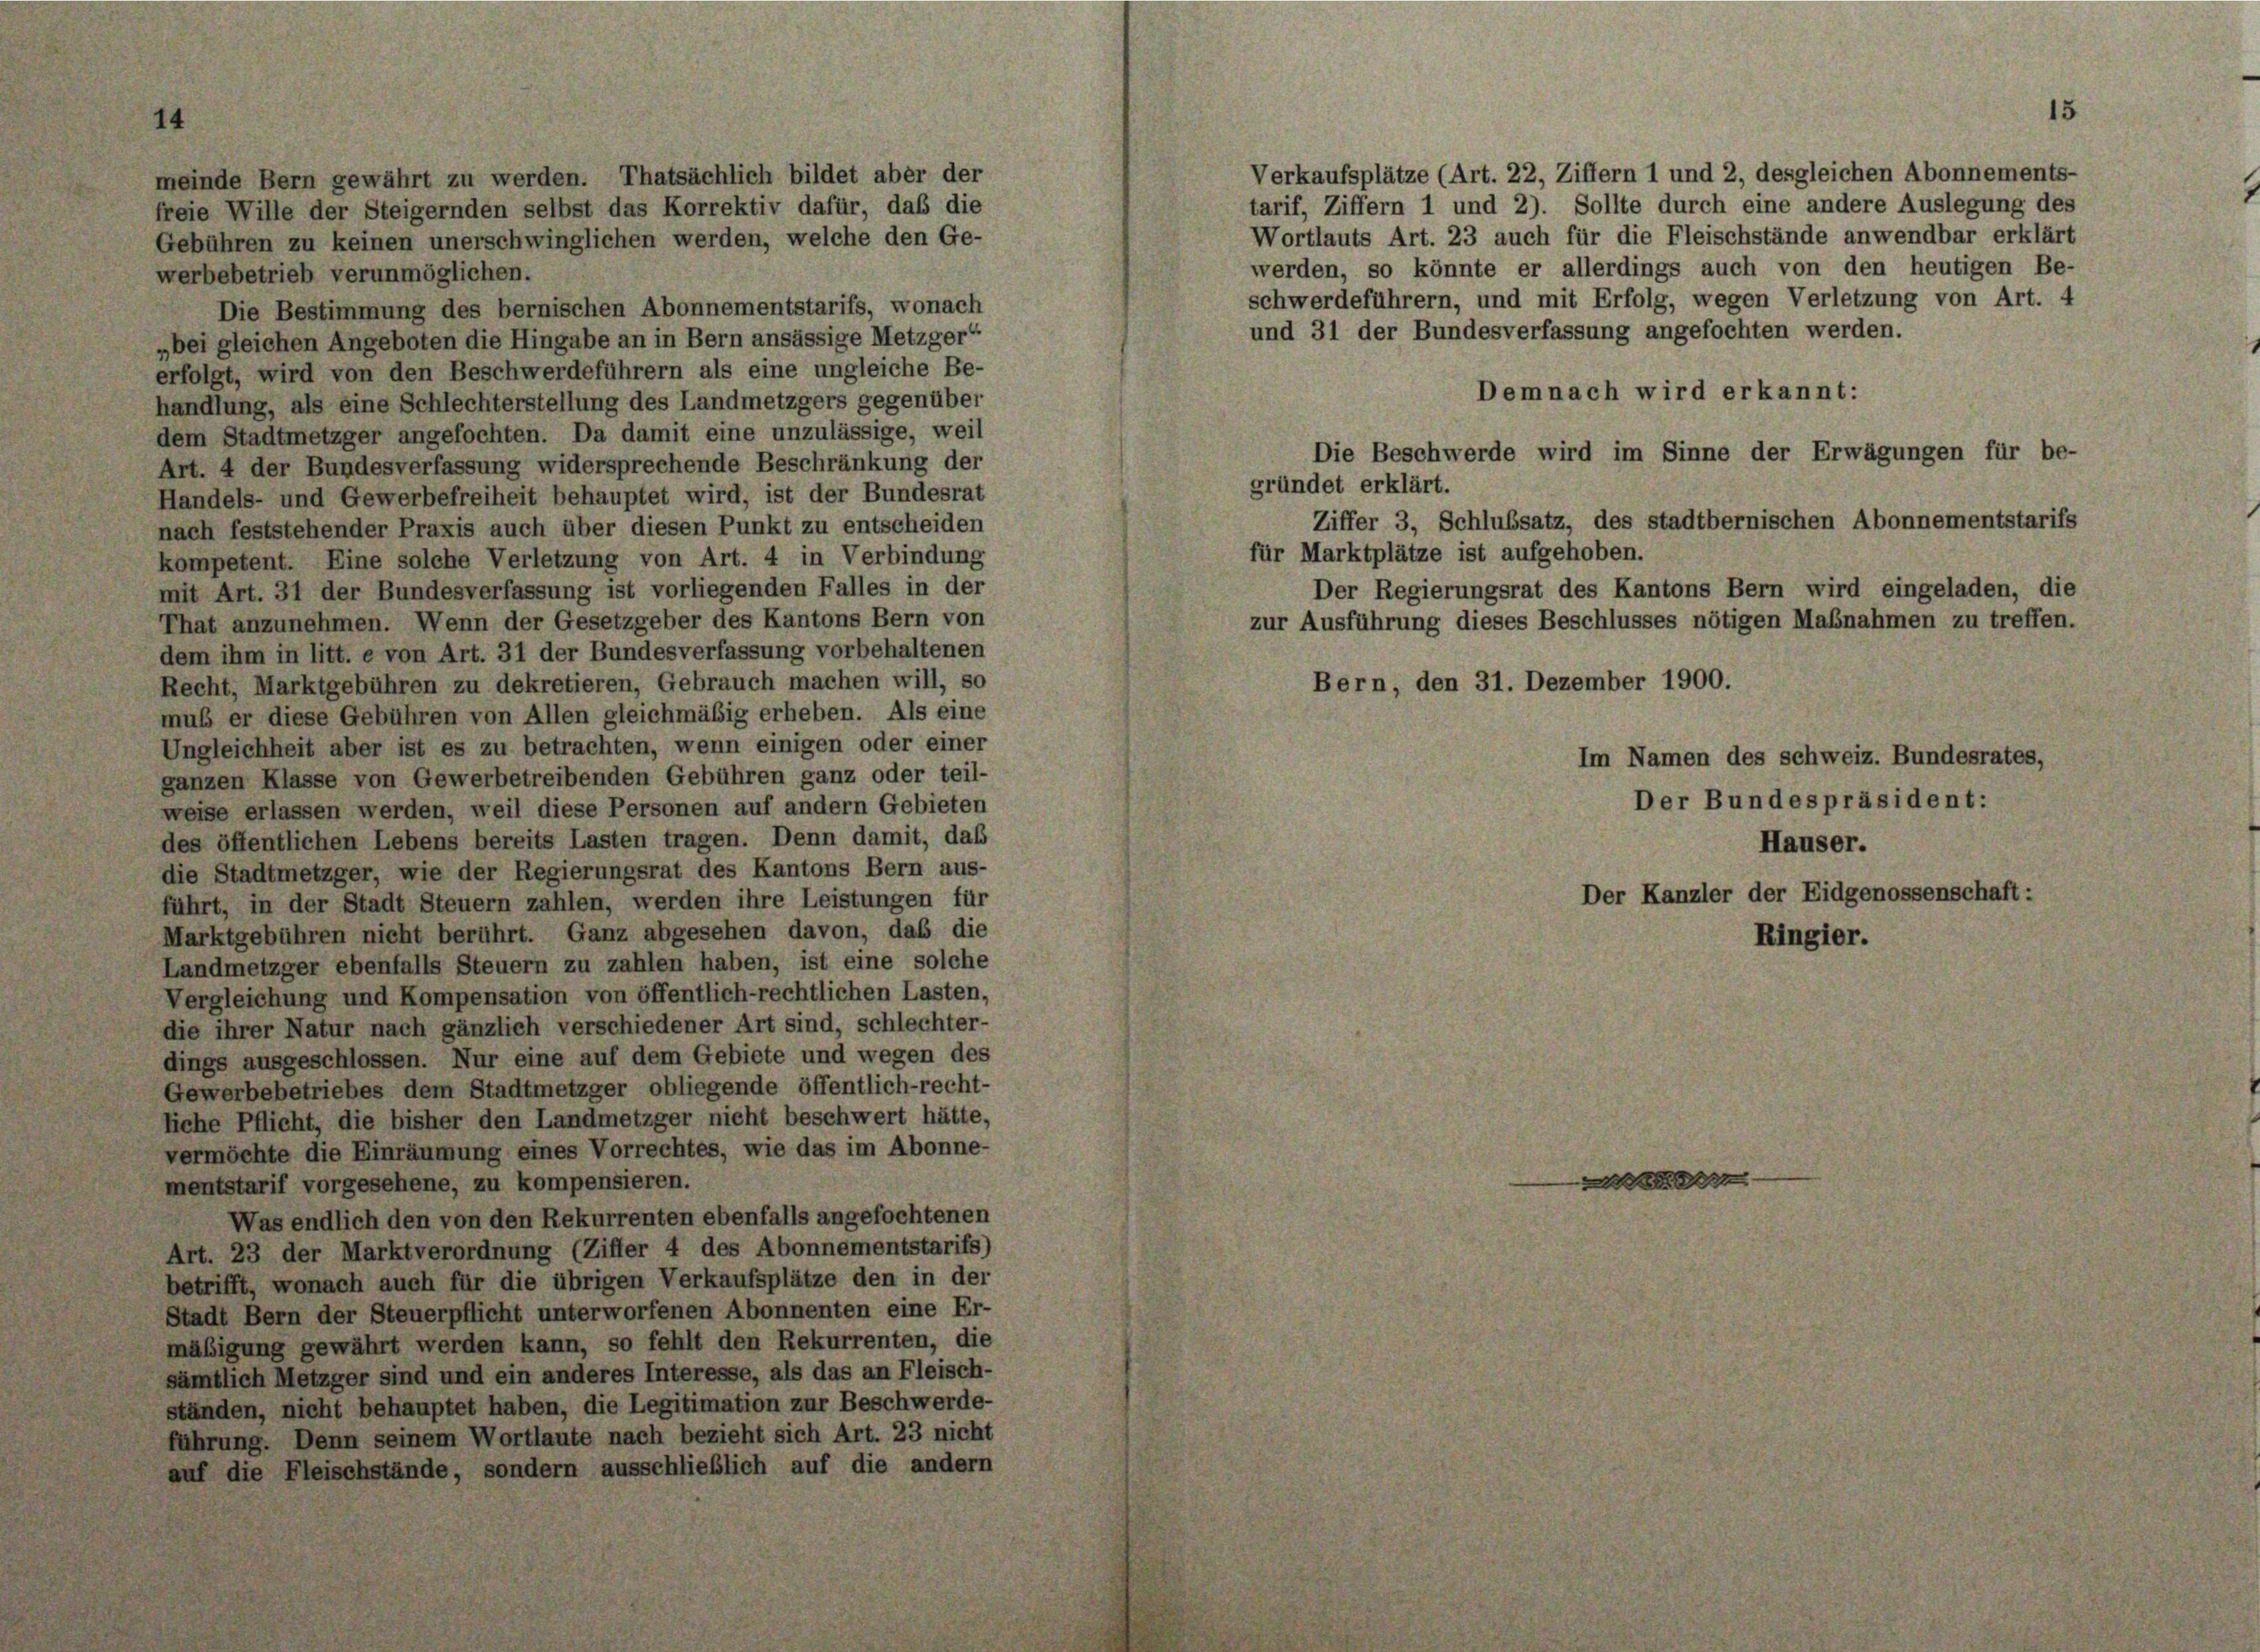
Verkaufsplätze (Art. 22, Ziffern 1 und 2, desgleichen Abonnements-
meinde Bern gewährt zu werden. Thatsächlich bildet aber der
tarif, Ziffern 1 und 2). Sollte durch eine andere Auslegung des
freie Wille der Steigernden selbst das Korrektiv dafür, daß die
Wortlauts Art. 23 auch für die Fleischstände anwendbar erklärt
Gebühren zu keinen unerschwinglichen werden, welche den Ge-
werden, so könnte er allerdings auch von den heutigen Be-
werbebetrieb verunmöglichen.
schwerdeführern, und mit Erfolg, wegen Verletzung von Art. 4
Die Bestimmung des bernischen Abonnementstarifs, wonach
und 31 der Bundesverfassung angefochten werden.
„bei gleichen Angeboten die Hingabe an in Bern ansässige Metzger“
erfolgt, wird von den Beschwerdeführern als eine ungleiche Be-
Demnach wird erkannt:
handlung, als eine Schlechterstellung des Landmetzgers gegenüber
dem Stadtmetzger angefochten. Da damit eine unzulässige, weil
Die Beschwerde wird im Sinne der Erwägungen für be-
Art. 4 der Bundesverfassung widersprechende Beschränkung der
gründet erklärt.
Handels- und Gewerbefreiheit behauptet wird, ist der Bundesrat
Ziffer 3, Schlussatz, des stadtbernischen Abonnementstarifs
nach feststehender Praxis auch über diesen Punkt zu entscheiden
für Marktplätze ist aufgehoben.
kompetent. Eine solche Verletzung von Art. 4 in Verbindung
Der Regierungsrat des Kantons Bern wird eingeladen, die
mit Art. 31 der Bundesverfassung ist vorliegenden Falles in der
That anzunehmen. Wenn der Gesetzgeber des Kantons Bern von
zur Ausführung dieses Beschlusses nötigen Maßnahmen zu treffen.
dem ihm in litt. e von Art. 31 der Bundesverfassung vorbehaltenen
Bern, den 31. Dezember 1900.
Recht, Marktgebühren zu dekretieren, Gebrauch machen will, so
muß er diese Gebühren von Allen gleichmäßig erheben. Als eine
Ungleichheit aber ist es zu betrachten, wenn einigen oder einer
ganzen Klasse von Gewerbetreibenden Gebühren ganz oder teil-
weise erlassen werden, weil diese Personen auf andern Gebieten
des öffentlichen Lebens bereits Lasten tragen. Denn damit, das
die Stadtmetzger, wie der Regierungsrat des Kantons Bern aus-
führt, in der Stadt Steuern zahlen, werden ihre Leistungen für
Marktgebühren nicht berührt. Ganz abgesehen davon, das die
Ringier.
Landmetzger ebenfalls Steuern zu zahlen haben, ist eine solche
Vergleichung und Kompensation von öffentlich-rechtlichen Lasten,
die ihrer Natur nach gänzlich verschiedener Art sind, schlechter-
dings ausgeschlossen. Nur eine auf dem Gebiete und wegen des
Gewerbebetriebes dem Stadtmetzger obliegende öffentlich-recht-
liche Pflicht, die bisher den Landmetzger nicht beschwert hätte,
vermöchte die Einräumung eines Vorrechtes, wie das im Abonne-
mge
mentstarif vorgesehene, zu kompensieren.
Was endlich den von den Rekurrenten ebenfalls angefochtenen
Art. 23 der Marktverordnung (Ziffer 4 des Abonnementstarifs)
betrifft, wonach auch für die übrigen Verkaufsplätze den in der
Stadt Bern der Steuerpflicht unterworfenen Abonnenten eine Er-
mäßigung gewährt werden kann, so fehlt den Rekurrenten, die
sämtlich Metzger sind und ein anderes Interesse, als das an Fleisch-
ständen, nicht behauptet haben, die Legitimation zur Beschwerde-
führung. Denn seinem Wortlaute nach bezieht sich Art. 23 nicht
auf die Fleischstände, sondern ausschließlich auf die andern

Im Namen des schweiz. Bundesrates,
Der Bundespräsident:
Häuser.
Der Kanzler der Eidgenossenschaft:

5